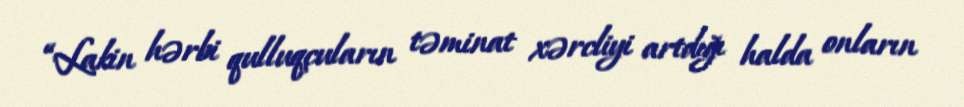
“Lakin hərbi qulluqçuların təminat xərcliyi artdığı halda onların